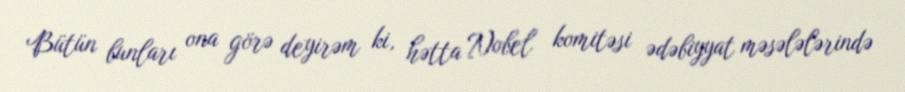
Bütün bunları ona görə deyirəm ki, hətta Nobel komitəsi ədəbiyyat məsələlərində